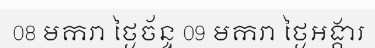
08 មករា ថ្ងៃច័ន្ទ 09 មករា ថ្ងៃអង្គារ